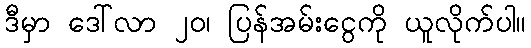
ဒီမှာ ဒေါ်လာ ၂၀၊ ပြန်အမ်းငွေကို ယူလိုက်ပါ။